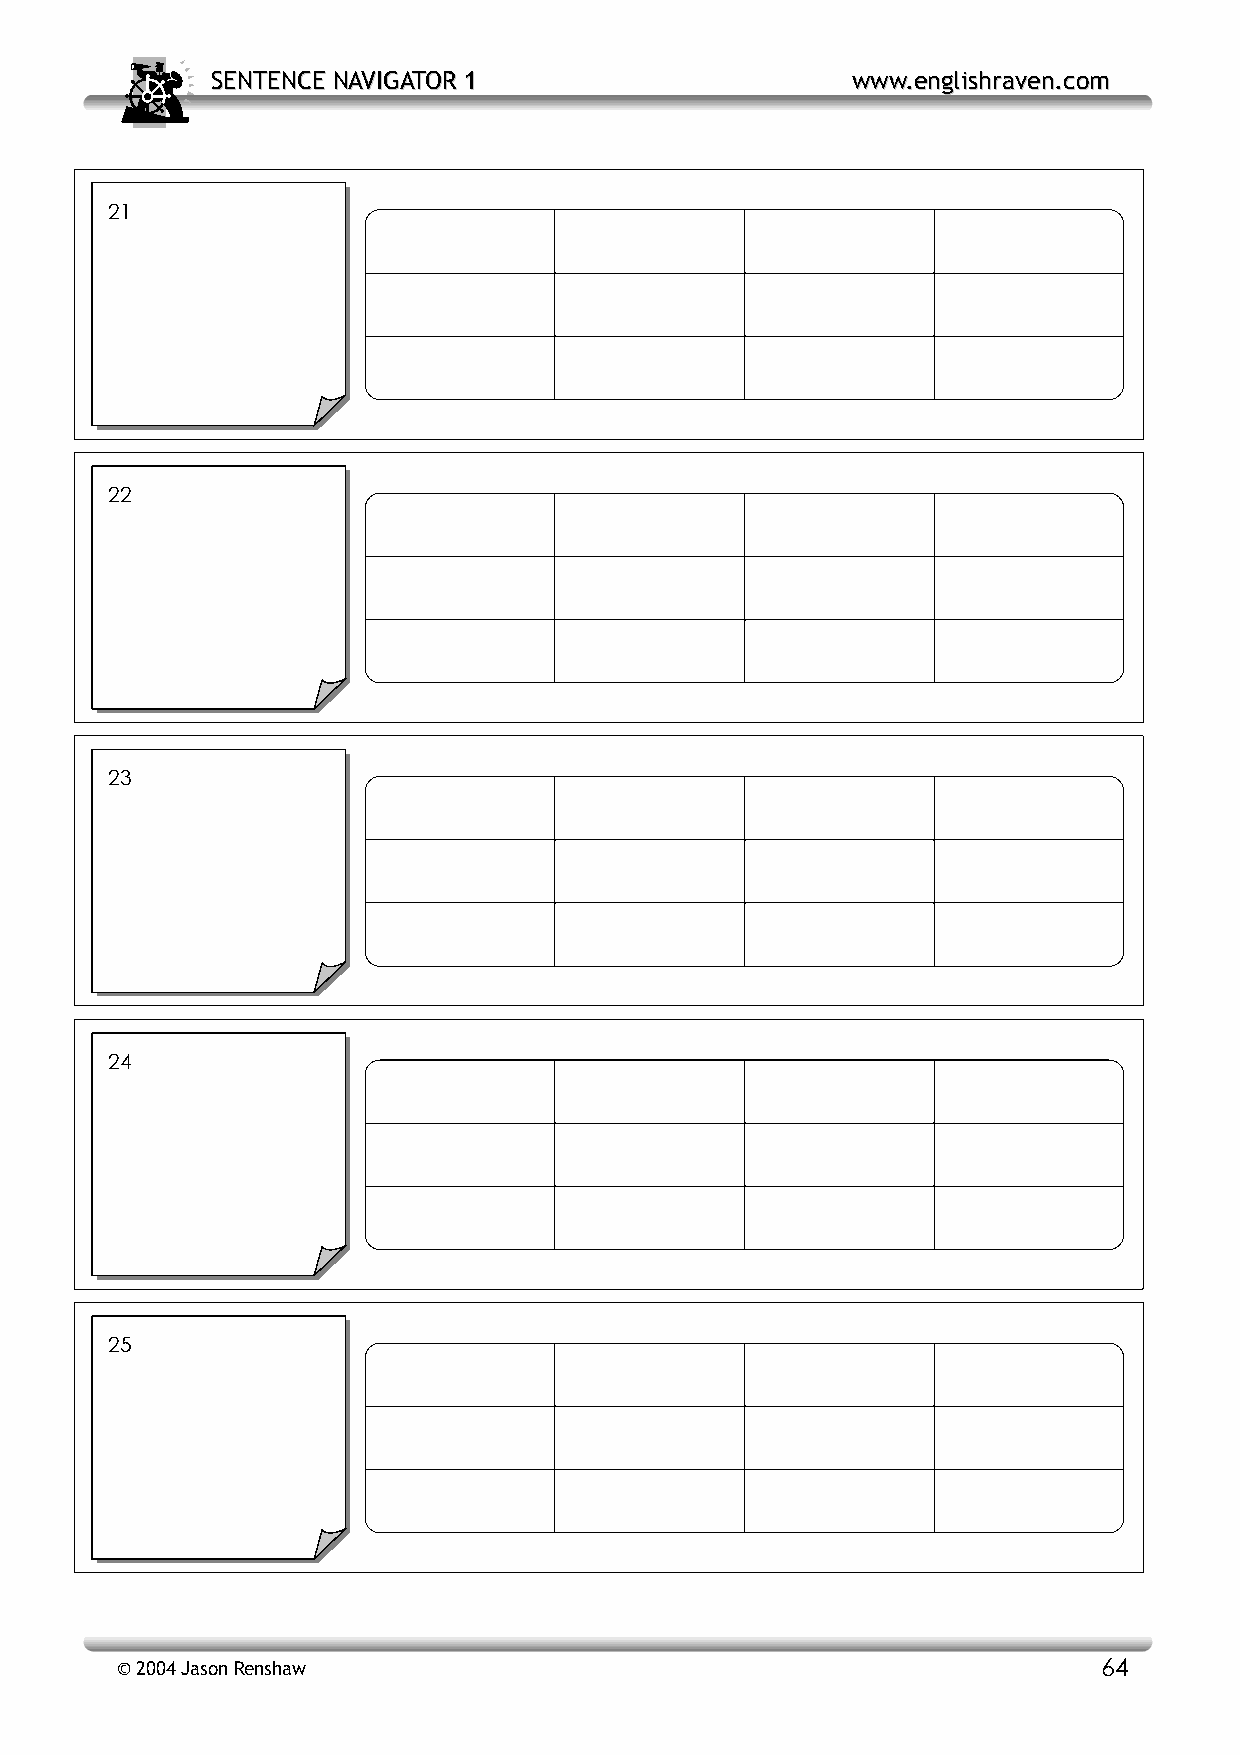
SSEENNTTEENNCCEE NNAAVVIIGGAATTOORR 11    wwwwww..eenngglliisshhrraavveenn..ccoomm
 21
 22
 23
 24
 25
 © 2004 Jason Renshaw                                             64